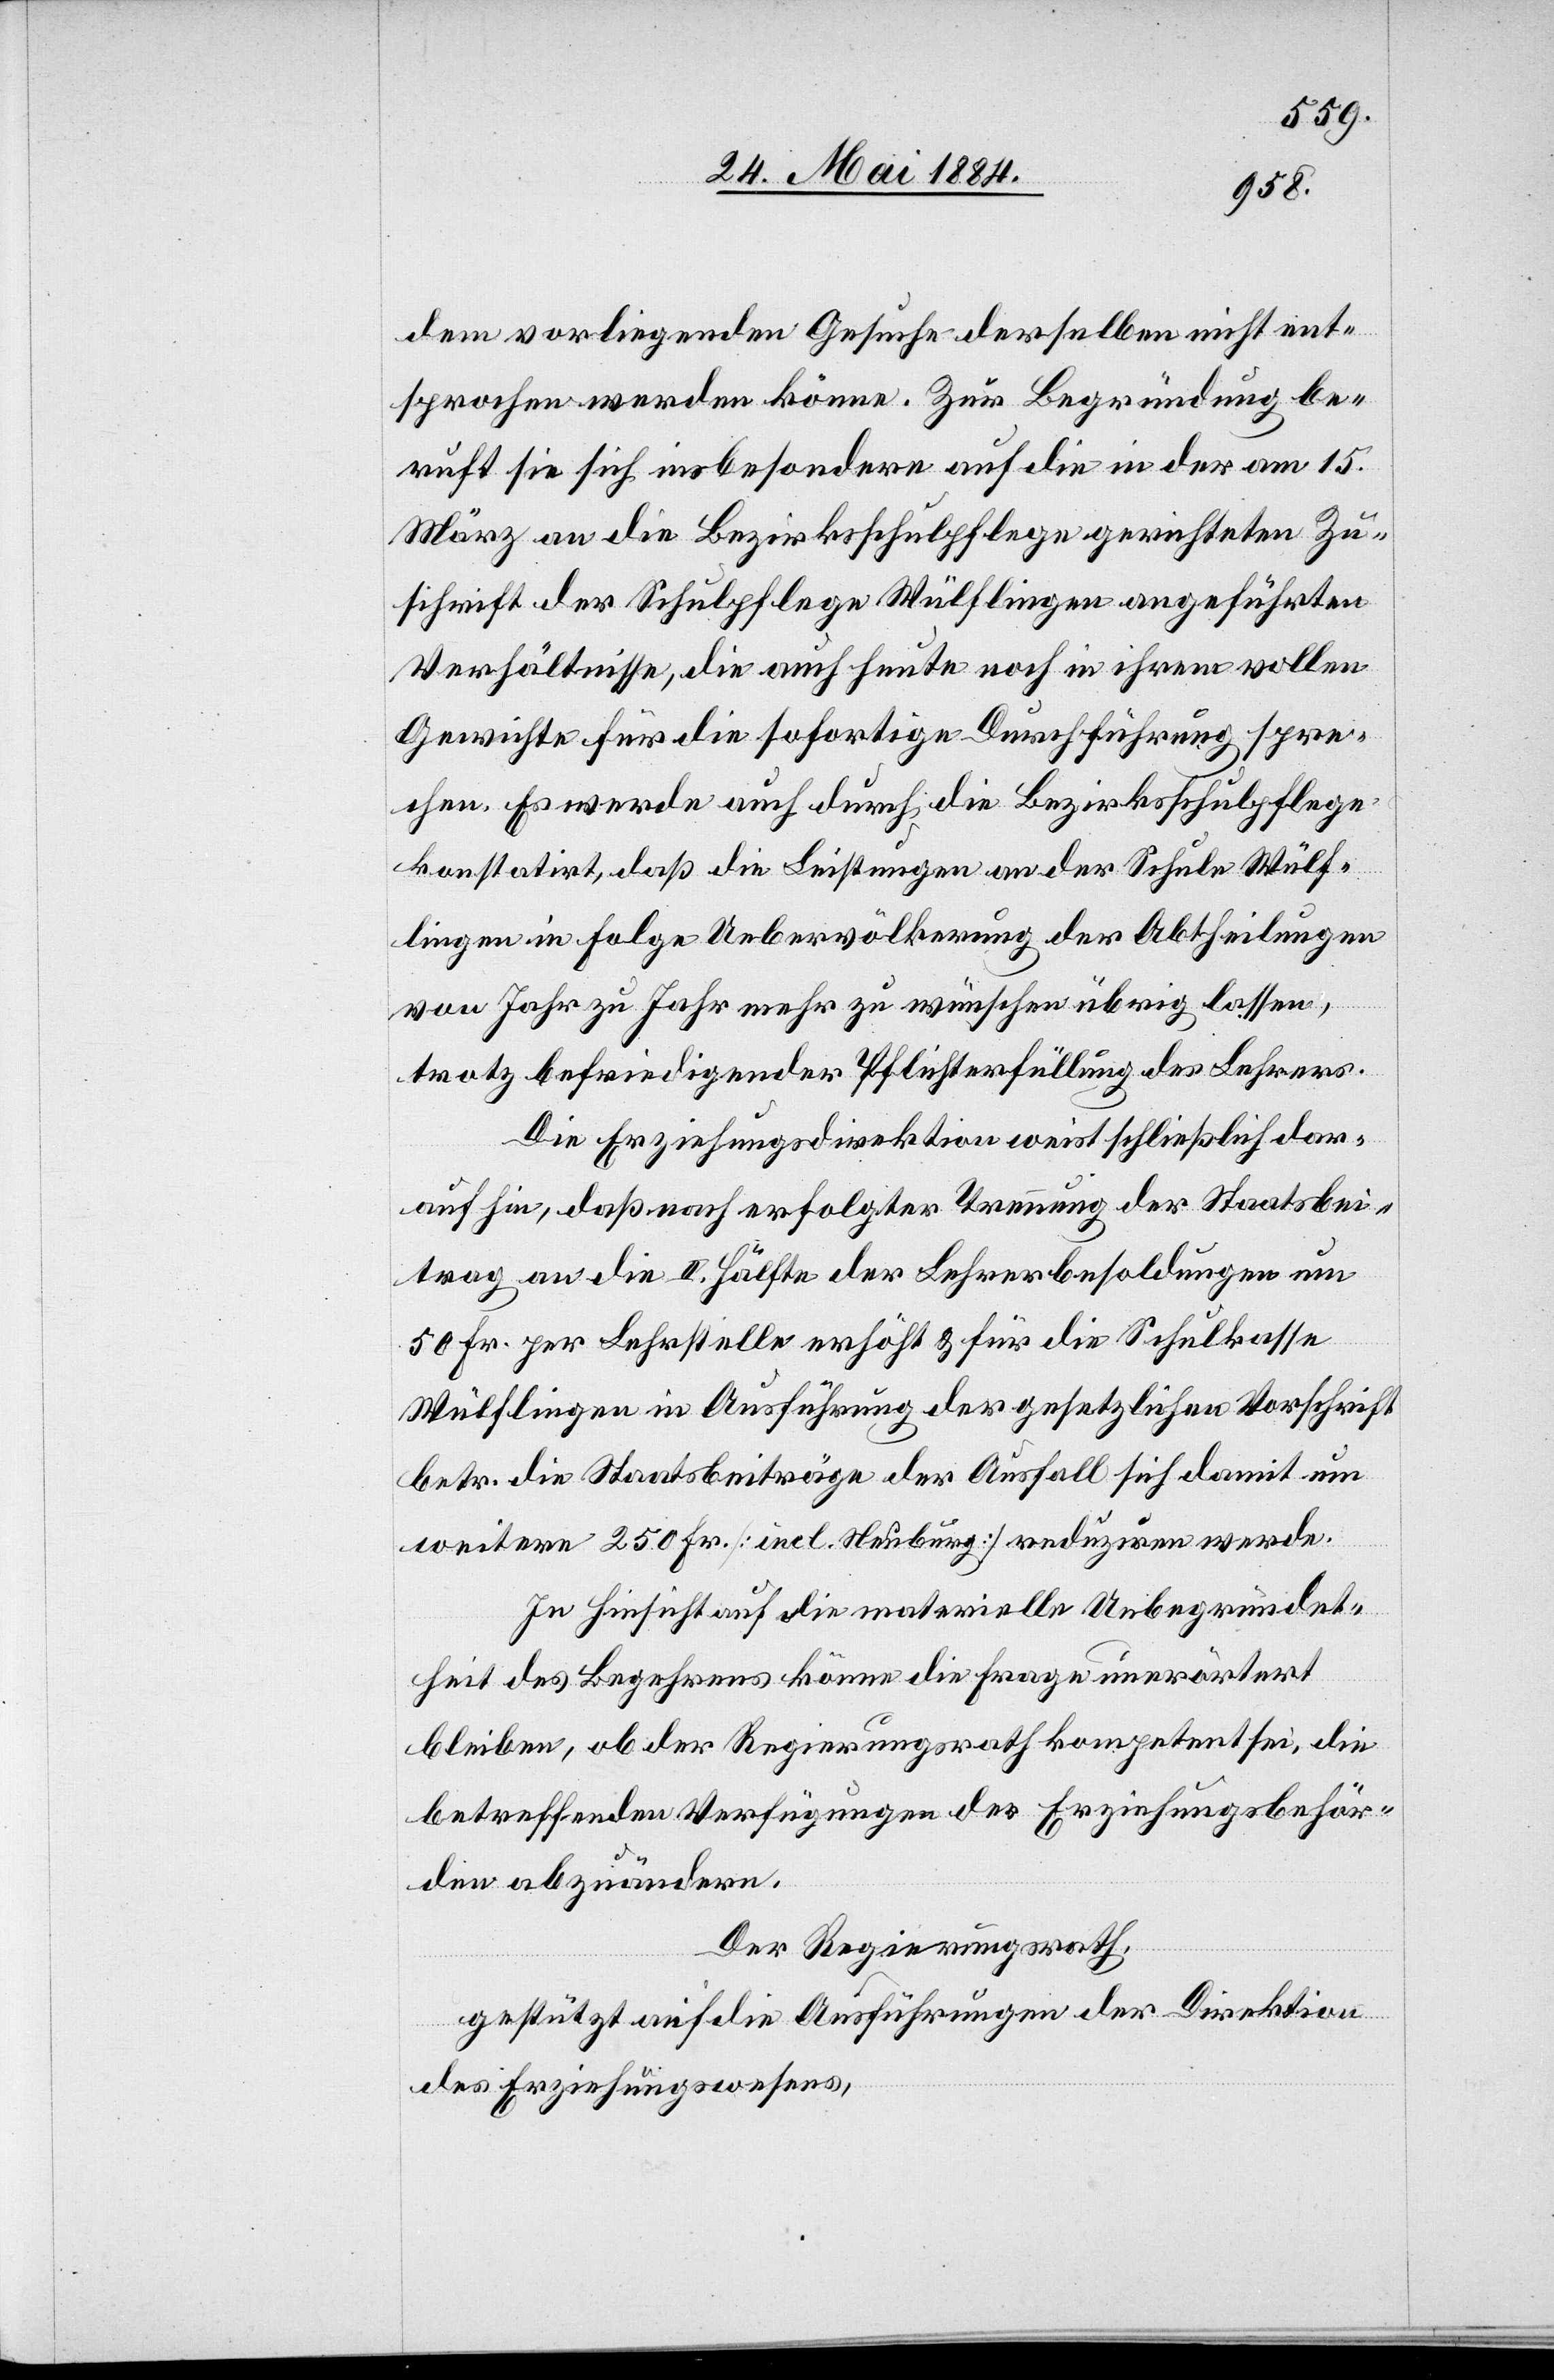
dem vorliegenden Gesuche derselben nicht ent¬
sprochen werden könne. Zur Begründung be¬
ruft sie sich insbesondere auf die in der am 15.
März an die Bezirksschulpflege gerichteten Zu¬
schrift der Schulpflege Wülflingen angeführten
Verhältnisse, die auch heute noch in ihrem vollen
Gewichte für die sofortige Durchführung spre¬
chen. Es werde auch durch die Bezirksschulpflege
konstatirt, daß die Leistungen an der Schule Wülf¬
lingen in Folge Uebervölkerung der Abtheilungen
von Jahr zu Jahr mehr zu wünschen übrig lassen,
trotz befriedigender Pflichterfüllung des Lehrers.
Die Erziehungsdirektion weist schließlich dar¬
auf hin, daß nach erfolgter Trennung der Staatsbei¬
trag an die II. Hälfte der Lehrerbesoldungen um
50 Fr. per Lehrstelle erhöht & für die Schulkasse
Wülflingen in Ausführung der gesetzlichen Vorschrift
betr. die Staatsbeiträge der Ausfall sich damit um
weitere 250 Fr. [incl. Neuburg] reduziren werde.
In Hinsicht auf die materielle Unbegründet¬
heit des Begehrens könne die Frage unerörtert
bleiben, ob der Regierungsrath kompetent sei, die
betreffenden Verfügungen der Erziehungsbehör¬
den abzuändern.
Der Regierungsrath,
gestützt auf die Ausführungen der Direktion
des Erziehungswesens,